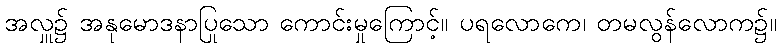
အလှူ၌ အနုမောဒနာပြုသော ကောင်းမှုကြောင့်။ ပရလောကေ၊ တမလွန်လောက၌။